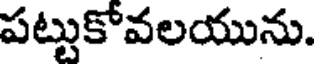
పట్టుకోవలయును.